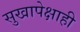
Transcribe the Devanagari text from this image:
सुखापेक्षाही